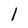
Character: 1